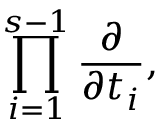
\prod _ { i = 1 } ^ { s - 1 } \frac { \partial } { \partial t _ { i } } ,